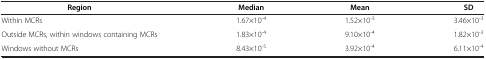
<table><thead><tr><td><b>Region</b></td><td><b>Median</b></td><td><b>Mean</b></td><td><b>SD</b></td></tr></thead><tbody><tr><td>Within MCRs</td><td>1.67×10<sup>-4</sup></td><td>1.52×10<sup>-3</sup></td><td>3.46×10<sup>-3</sup></td></tr><tr><td>Outside MCRs, within windows containing MCRs</td><td>1.83×10<sup>-4</sup></td><td>9.10×10<sup>-4</sup></td><td>1.82×10<sup>-3</sup></td></tr><tr><td>Windows without MCRs</td><td>8.43×10<sup>-5</sup></td><td>3.92×10<sup>-4</sup></td><td>6.11×10<sup>-4</sup></td></tr></tbody></table>